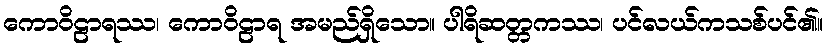
ကောဝိဠာရဿ၊ ကောဝိဠာရ အမည်ရှိသော။ ပါရိဆတ္တကဿ၊ ပင်လယ်ကသစ်ပင်၏။